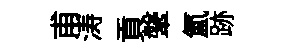
甫涛貢鞶氳跡